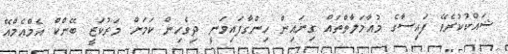
ޝައްކުކުރެވޭ ފައިސާގެ މުއާމަލާތްތައް ގިނައިން ހިންގާފައިވަނީ ދިވެހިން ކަމަށް މަރުކަޒީ ބޭންކް އެމްއެމްއޭ